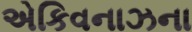
એકિવનાઝના